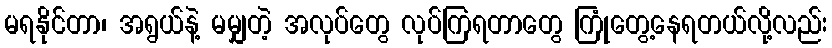
မရနိုင်တာ၊ အရွယ်နဲ့ မမျှတဲ့ အလုပ်တွေ လုပ်ကြရတာတွေ ကြုံတွေ့နေရတယ်လို့လည်း